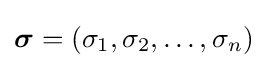
{\boldsymbol {\sigma }}=(\sigma _{1},\sigma _{2},\ldots ,\sigma _{n})